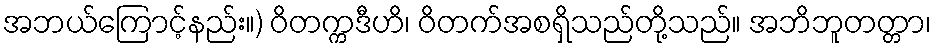
အဘယ်ကြောင့်နည်း။) ဝိတက္ကဒီဟိ၊ ဝိတက်အစရှိသည်တို့သည်။ အဘိဘူတတ္တာ၊